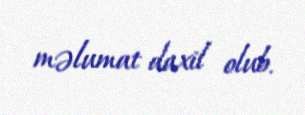
məlumat daxil olub.